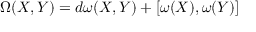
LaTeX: \, \Omega ( X , Y ) = d \omega ( X , Y ) + [ \omega ( X ) , \omega ( Y ) ]